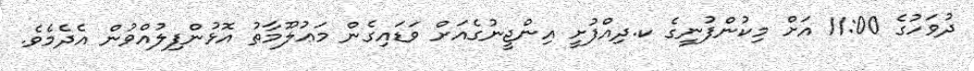
ދުވަހުގެ 11:00 އަށް މިކުންފުނީގެ ކ.ދިއްފުށީ އިންޖީނުގެއަށް ވަޑައިގެން މަޢުލޫމާތު އޮޅުންފިލުއްވުން އެދެމެވެ.